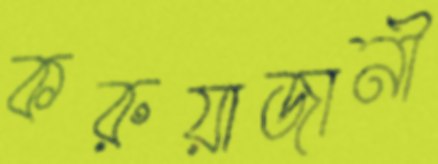
করুয়াজানী